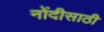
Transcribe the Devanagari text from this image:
नोंदीसाठी